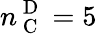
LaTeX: n_{\mathrm{~C~}}^{\mathrm{~D~}}=5